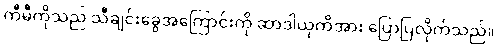
ကီမီကိုသည် သီချင်းခွေအကြောင်းကို ဆာဒါယုကိအား ပြောပြလိုက်သည်။